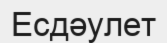
Есдәулет